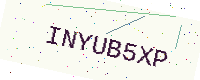
Text: INYUB5XP